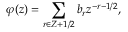
\varphi ( z ) = \sum _ { r \in Z + 1 / 2 } b _ { r } z ^ { - r - 1 / 2 } ,